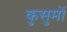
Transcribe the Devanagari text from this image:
कुसुमों